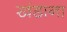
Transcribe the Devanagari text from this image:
खंडाना